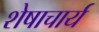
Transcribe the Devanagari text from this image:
शेषाचार्य